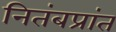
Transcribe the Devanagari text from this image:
नितंबप्रांत